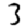
Digit: 3